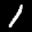
Label: 1